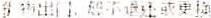
***